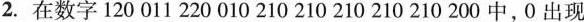
2.在数字120 011 220 010 210 210 210 210 210 200中，0出现